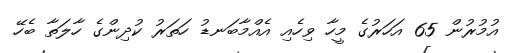
އުމުރުން 65 އަހަރުގެ މީހާ ވިހެއި އެއްމާބަނޑު ހަތަރު ކުދިންގެ ހާލަތާ ބެހޭ